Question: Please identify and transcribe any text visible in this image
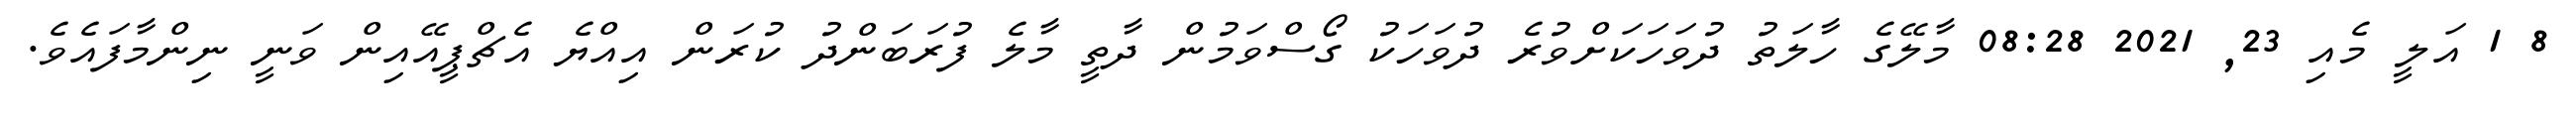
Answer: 8 1 އަލީ މެއި 23, 2021 08:28 މާލޭގެ ހާލަތު ދުވަހަކަށްވުރެ ދުވަހަކު ގޯސްވަމުން ދާތީ މާލެ ފުރަބަންދު ކުރަން އިއްޔެ އެޗްޕީއޭއިން ވަނީ ނިންމާފައެވެ.